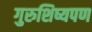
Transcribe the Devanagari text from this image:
गुरुशिष्यपण